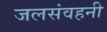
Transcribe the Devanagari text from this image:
जलसंवहनी